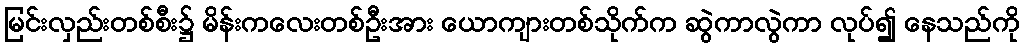
မြင်းလှည်းတစ်စီး၌ မိန်းကလေးတစ်ဦးအား ယောကျားတစ်သိုက်က ဆွဲကာလွဲကာ လုပ်၍ နေသည်ကို